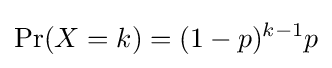
\Pr(X=k)=(1-p)^{k-1}p